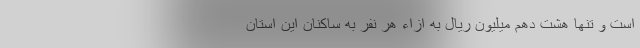
است و تنها هشت دهم میلیون ریال به ازاء هر نفر به ساکنان این استان